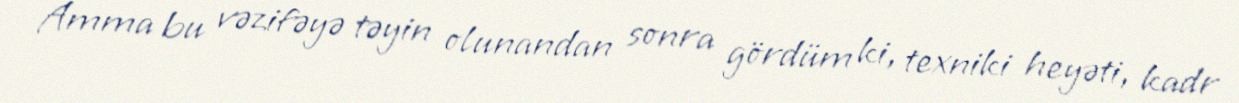
Amma bu vəzifəyə təyin olunandan sonra gördüm ki, texniki heyəti, kadr